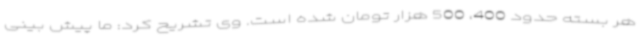
هر بسته حدود 400، 500 هزار تومان شده است. وی تشریح کرد: ما پیش بینی